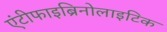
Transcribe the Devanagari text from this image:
एंटीफाइब्रिनोलाइटिक